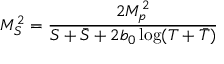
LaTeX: M _ { S } ^ { 2 } = \frac { 2 M _ { p } ^ { 2 } } { S + \bar { S } + 2 b _ { 0 } \log ( T + \bar { T } ) }